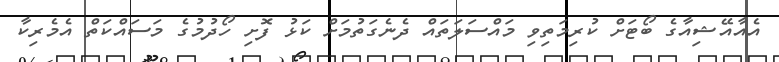
އެއާއޭޝިއާގެ ބޯޓަށް ކުރިމަތިވި މައްސަލަތައް ދެނެގަތުމަށް ކަޅު ފޮށި ހޯދުމުގެ މަސައްކަތް އެމެރިކާ